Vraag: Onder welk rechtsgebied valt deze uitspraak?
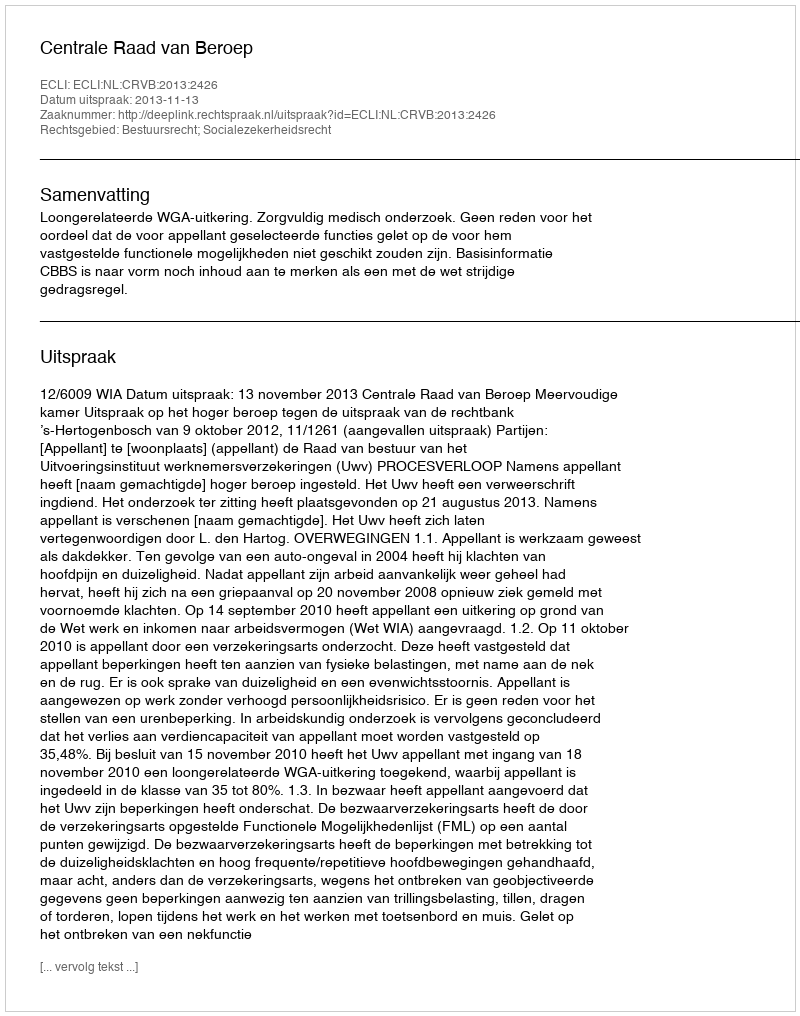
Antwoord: Bestuursrecht; Socialezekerheidsrecht